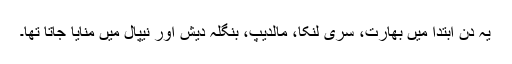
یہ دن ابتدا میں بھارت، سری لنکا، مالدیپ، بنگلہ دیش اور نیپال میں منایا جاتا تھا۔